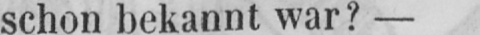
schon bekannt war? -